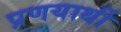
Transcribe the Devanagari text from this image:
प्रणयार्थी